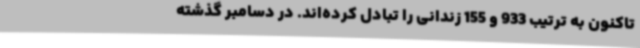
تاکنون به ترتیب 933 و 155 زندانی را تبادل کرده‌اند. در دسامبر گذشته